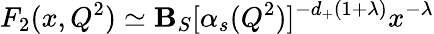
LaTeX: F_{2}(x,Q^{2})\simeq\mathbf{B}_{S}[\alpha_{s}(Q^{2})]^{-d_{+}(1+\lambda)}x^{-\lambda}